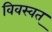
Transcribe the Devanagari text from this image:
विवस्वत्